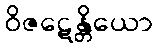
ဝိဇဋေန္တိယော